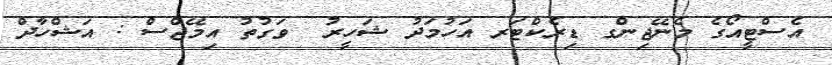
އެސްޓީއޯގެ މެނޭޖިންގ ޑިރެކްޓަރ އަހުމަދު ޝަހީރު  ވަގުތު އިމޭޖްސް : އަޝްހާދް